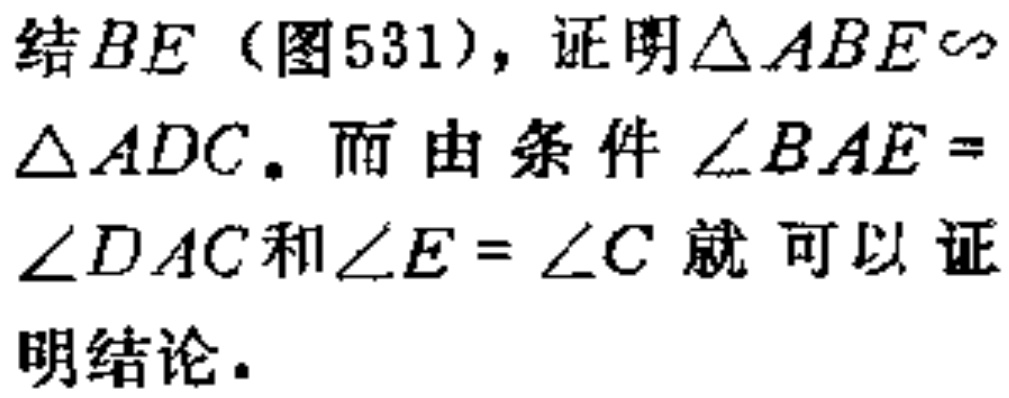
结\(BE\)（图531），证明\(\triangle ABE\sim\triangle ADC\)。而由条件\(\angle BAE = \angle DAC\)和\(\angle E = \angle C\)就可以证明结论。